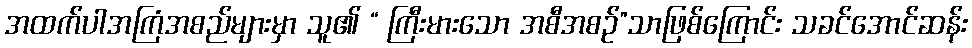
အထက်ပါအကြံအစည်များမှာ သူ၏ “ ကြီးမားသော အစီအစဉ်”သာဖြစ်ကြောင်း သခင်အောင်ဆန်း